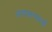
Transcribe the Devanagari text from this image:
असामान्यतओं